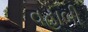
વહાબી